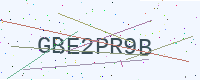
Text: GBE2PR9B